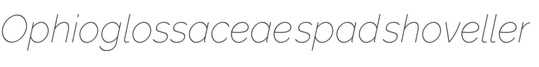
Ophioglossaceae spad shoveller